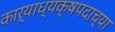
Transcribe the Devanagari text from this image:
कार्याध्यक्षपदाच्या